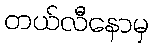
တယ်လီနောမှ